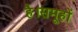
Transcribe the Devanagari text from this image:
है।समूहों